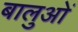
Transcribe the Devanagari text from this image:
बालुओं